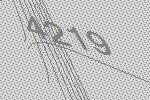
4219